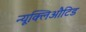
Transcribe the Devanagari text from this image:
न्यूक्लिऔटिड